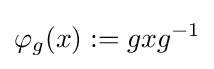
\varphi _{g}(x):=gxg^{-1}